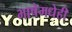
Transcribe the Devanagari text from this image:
भाषेमधेही